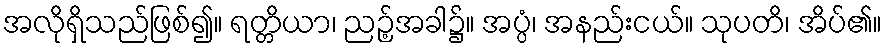
အလိုရှိသည်ဖြစ်၍။ ရတ္တိယာ၊ ညဉ့်အခါ၌။ အပ္ပံ၊ အနည်းငယ်။ သုပတိ၊ အိပ်၏။